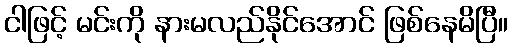
ငါဖြင့် မင်းကို နားမလည်နိုင်အောင် ဖြစ်နေမိပြီ။